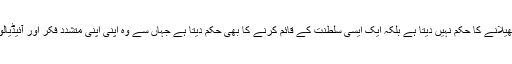
بدى کا تکون یہ فکر لوگوں میں پھیلا رہاہے کہ الله اور دین اسلامى ہمیں صرف دین کا پیغام ہى پھیلانے کا حکم نہیں دیتا ہے بلکہ ایک ایسى سلطنت کے قائم کرنے کا بهى حکم دیتا ہے جہاں سے وه اپنى اپنى متشدد فکر اور آئیڈیالوجى کے تحت حکومت کریں گے جو ہمارى اسلامى شریعت اور سمجھ سے بالکلیہ مخالف ہوگى۔